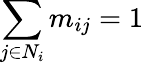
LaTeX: \sum_{j\in N_{i}}m_{ij}=1